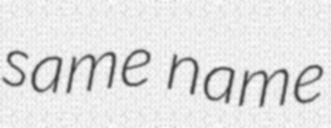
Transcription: same name